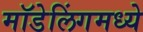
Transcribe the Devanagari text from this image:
मॉडेलिंगमध्ये